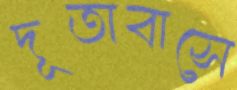
দূতাবাসে